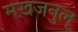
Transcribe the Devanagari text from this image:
मख़जनुल्